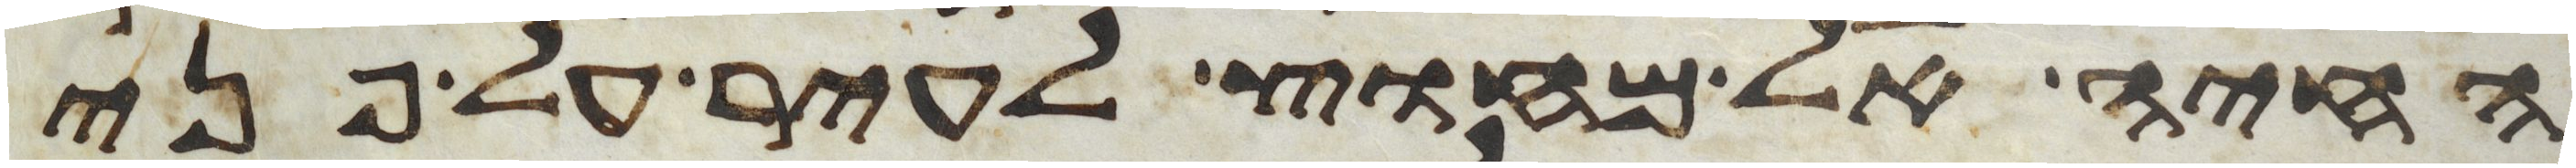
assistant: החיה אל מחוץ לעיר על פני